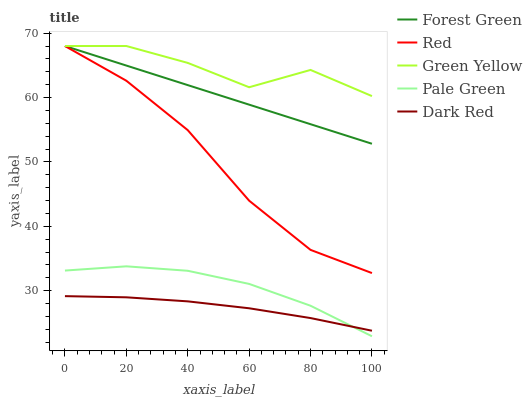
| xaxis_label | Forest Green | Red | Green Yellow | Pale Green | Dark Red |
 | --- | --- | --- | --- | --- | --- |
 | 0 | 68 | 68 | 68 | 33.1 | 29.2 |
 | 20 | 65 | 62.6 | 68 | 33.8 | 29 |
 | 40 | 61.9 | 54.9 | 65.4 | 33.1 | 28.4 |
 | 60 | 58.9 | 44 | 61.6 | 31.1 | 27.3 |
 | 80 | 55.9 | 36.3 | 64.3 | 27.7 | 25.8 |
 | 100 | 52.8 | 32.7 | 60.2 | 22.9 | 23.8 |